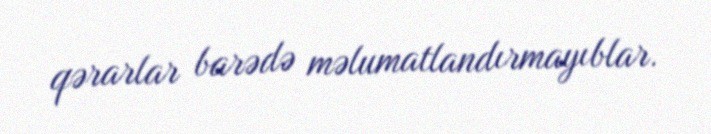
qərarlar barədə məlumatlandırmayıblar.